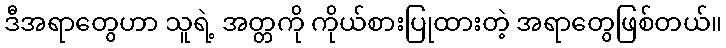
ဒီအရာတွေဟာ သူရဲ့ အတ္တကို ကိုယ်စားပြုထားတဲ့ အရာတွေဖြစ်တယ်။